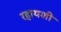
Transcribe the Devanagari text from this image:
रहायशी